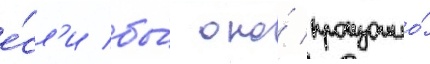
е́сл'и бы́ оно́ произошло́